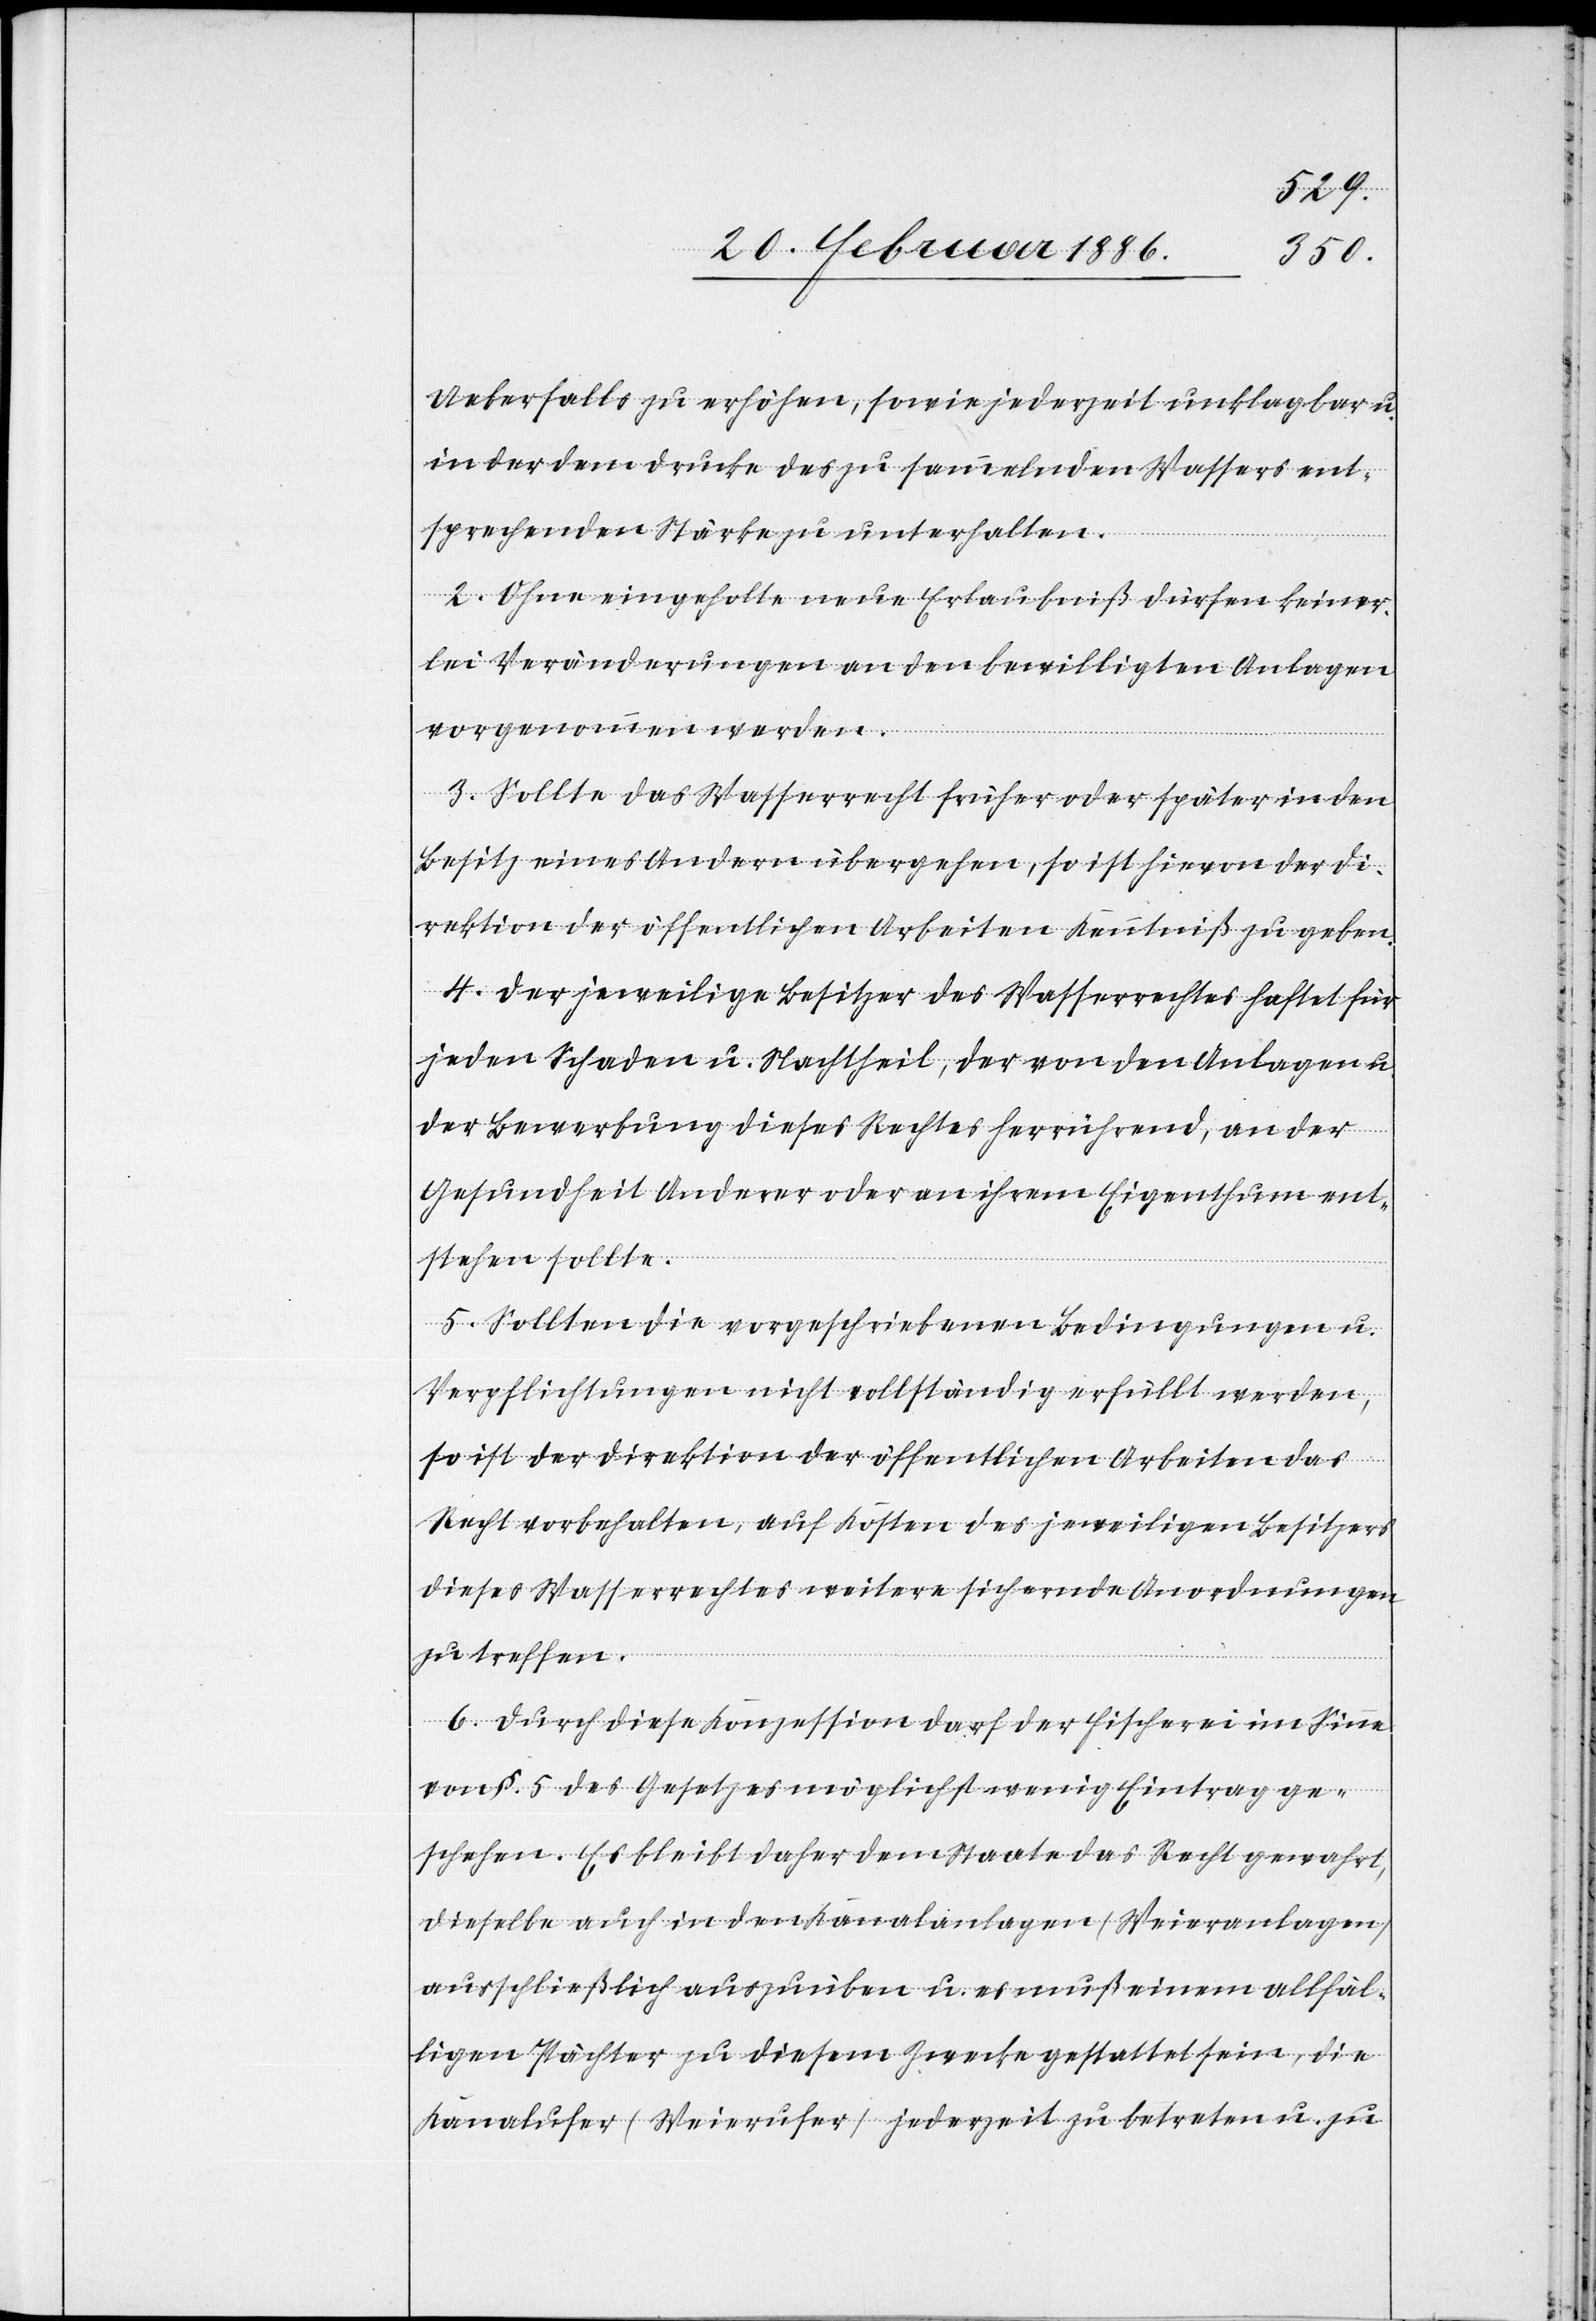
Ueberfalles zu erhöhen, sowie jederzeit unklagbar u.
in der dem Drucke des zu sammelnden Wassers ent¬
sprechenden Stärke zu unterhalten.
2. Ohne eingeholte neue Erlaubniß dürften keiner¬
lei Veränderungen an den bewilligten Anlagen
vorgenommen werden.
3. Sollte das Wasserrecht früher oder später in den
Besitz eines Andern übergehen, so ist hievon der Di¬
rektion der öffentlichen Arbeiten Kenntniß zu geben.
4. Der jeweilige Besitzer des Wasserrechtes haftet für
jeden Schaden u. Nachtheil, der von den Anlagen u.
der Bewerbung dieses Rechtes herreichend, an der
Gesundheit Anderer oder an ihrem Eigenthum ent¬
stehen sollte.
5. Sollten die vorgeschriebenen Bedingungen u.
Verpflichtungen nicht vollständig erfüllt werden,
so ist der Direktion der öffentlichen Arbeiten das
Recht vorbehalten, auf Kosten des jeweiligen Besitzes
dieses Wasserrechtes weitere sichernde Anordnungen
zu treffen.
6. Durch diese Konzession darf der Fischerei im Sinne
von §. 5 des Gesetzes möglichst wenig Eintrag ge¬
schehen. Es bleibt daher dem Staate das Recht gewahrt,
dieselbe auch in den Kanalanlagen (Weieranlagen)
ausschließlich auszuüben u. es muß einem allfäl¬
ligen Pächter zu diesem Zwecke gestattet sein, die
Kanalufer (Weierufer) jederzeit zu betreten u. zu